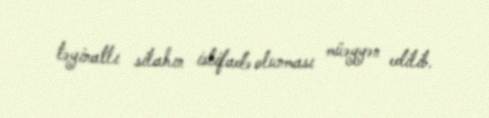
təyinatlı silahın istifadə olunması müəyyən edilib.